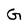
Character: G